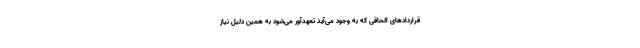
قراردادهای الحاقی که به وجود می‌آید تعهدآور می‌شود به همین دلیل نیاز